Some observations on the poison of Russell's viper (Daboia russellii) - Number 3
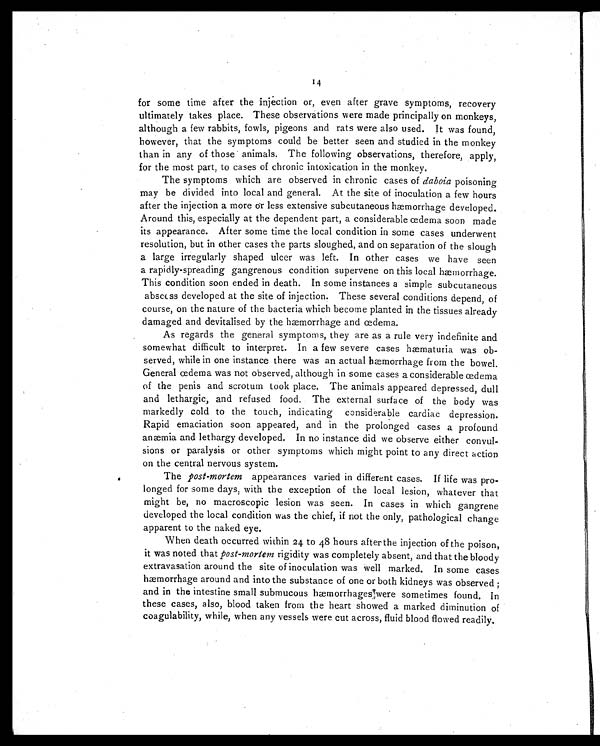
14
for some time after the injection or, even after grave symptoms, recovery
ultimately takes place. These observations were made principally on monkeys,
although a few rabbits, fowls, pigeons and rats were also used. It was found,
however, that the symptoms could be better seen and studied in the monkey
than in any of those animals. The following observations, therefore, apply,
for the most part, to cases of chronic intoxication in the monkey.
The symptoms which are observed in chronic cases of daboia poisoning
may be divided into local and general. At the site of inoculation a few hours
after the injection a more or less extensive subcutaneous hæmorrhage developed.
Around this, especially at the dependent part, a considerable œdema soon made
its appearance. After some time the local condition in some cases underwent
resolution, but in other cases the parts sloughed, and on separation of the slough
a large irregularly shaped ulcer was left. In other cases we have seen
a rapidly-spreading gangrenous condition supervene on this local hæmorrhage.
This condition soon ended in death. In some instances a simple subcutaneous
abscess developed at the site of injection. These several conditions depend, of
course, on the nature of the bacteria which become planted in the tissues already
damaged and devitalised by the hæmorrhage and cedema.
As regards the general symptoms, they are as a rule very indefinite and
somewhat difficult to interpret. In a few severe cases hæmaturia was ob-
served, while in one instance there was an actual hæmorrhage from the bowel.
General œdema was not observed, although in some cases a considerable œdema
of the penis and scrotum took place. The animals appeared depressed, dull
and lethargic, and refused food. The external surface of the body was
markedly cold to the touch, indicating considerable cardiac depression.
Rapid emaciation soon appeared, and in the prolonged cases a profound
anæmia and lethargy developed. In no instance did we observe either convul-
sions or paralysis or other symptoms which might point to any direct action
on the central nervous system.
The post-mortem appearances varied in different cases. If life was pro-
longed for some days, with the exception of the local lesion, whatever that
might be, no macroscopic lesion was seen. In cases in which gangrene
developed the local condition was the chief, if not the only, pathological change
apparent to the naked eye.
When death occurred within 24 to 48 hours after-the injection of the poison,
it was noted that post-mortem rigidity was completely absent, and that the bloody
extravasation around the site of inoculation was well marked. In some cases
hæmorrhage around and into the substance of one or both kidneys was observed ;
and in the intestine small submucous hæmorrhages were sometimes found. In
these cases, also, blood taken from the heart showed a marked diminution of
coagulability, while, when any vessels were cut across, fluid blood flowed readily.